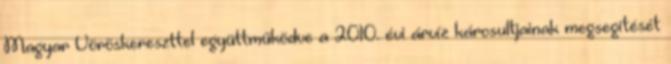
Magyar Vöröskereszttel együttműködve a 2010. évi árvíz károsultjainak megsegítését